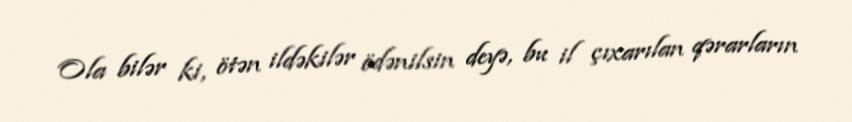
Ola bilər ki, ötən ildəkilər ödənilsin deyə, bu il çıxarılan qərarların